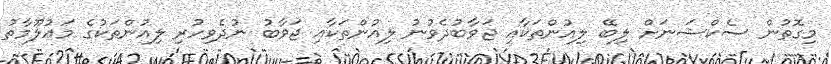
މިގޮތުން ސެކްޝަނަށް ލިބޭ ލިއުންތަކާއި ޖަވާބުދެވުނު ލިއުންތަކާއި ޖަވާބު ނުދެވިހުރި ލިއުންތަކުގެ މަޢުލޫމާތު